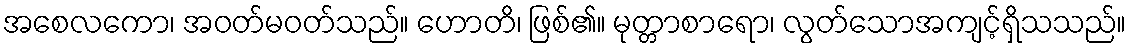
အစေလကော၊ အဝတ်မဝတ်သည်။ ဟောတိ၊ ဖြစ်၏။ မုတ္တာစာရော၊ လွတ်သောအကျင့်ရှိသသည်။